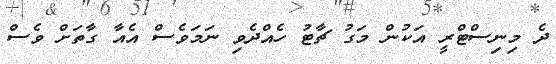
ދެ މިނިސްޓްރީ އަކުން މަގު ޗާޓު ހެއްދެވި ނަމަވެސް އެއާ ގާތަށް ވެސް